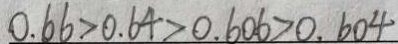
0 . 6 6 > 0 . 6 4 > 0 . 6 0 6 > 0 . 6 0 4